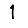
Digit: 1